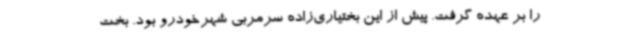
را بر عهده گرفت. پیش از این بختیاری‌زاده سرمربی شهرخودرو بود. بخت